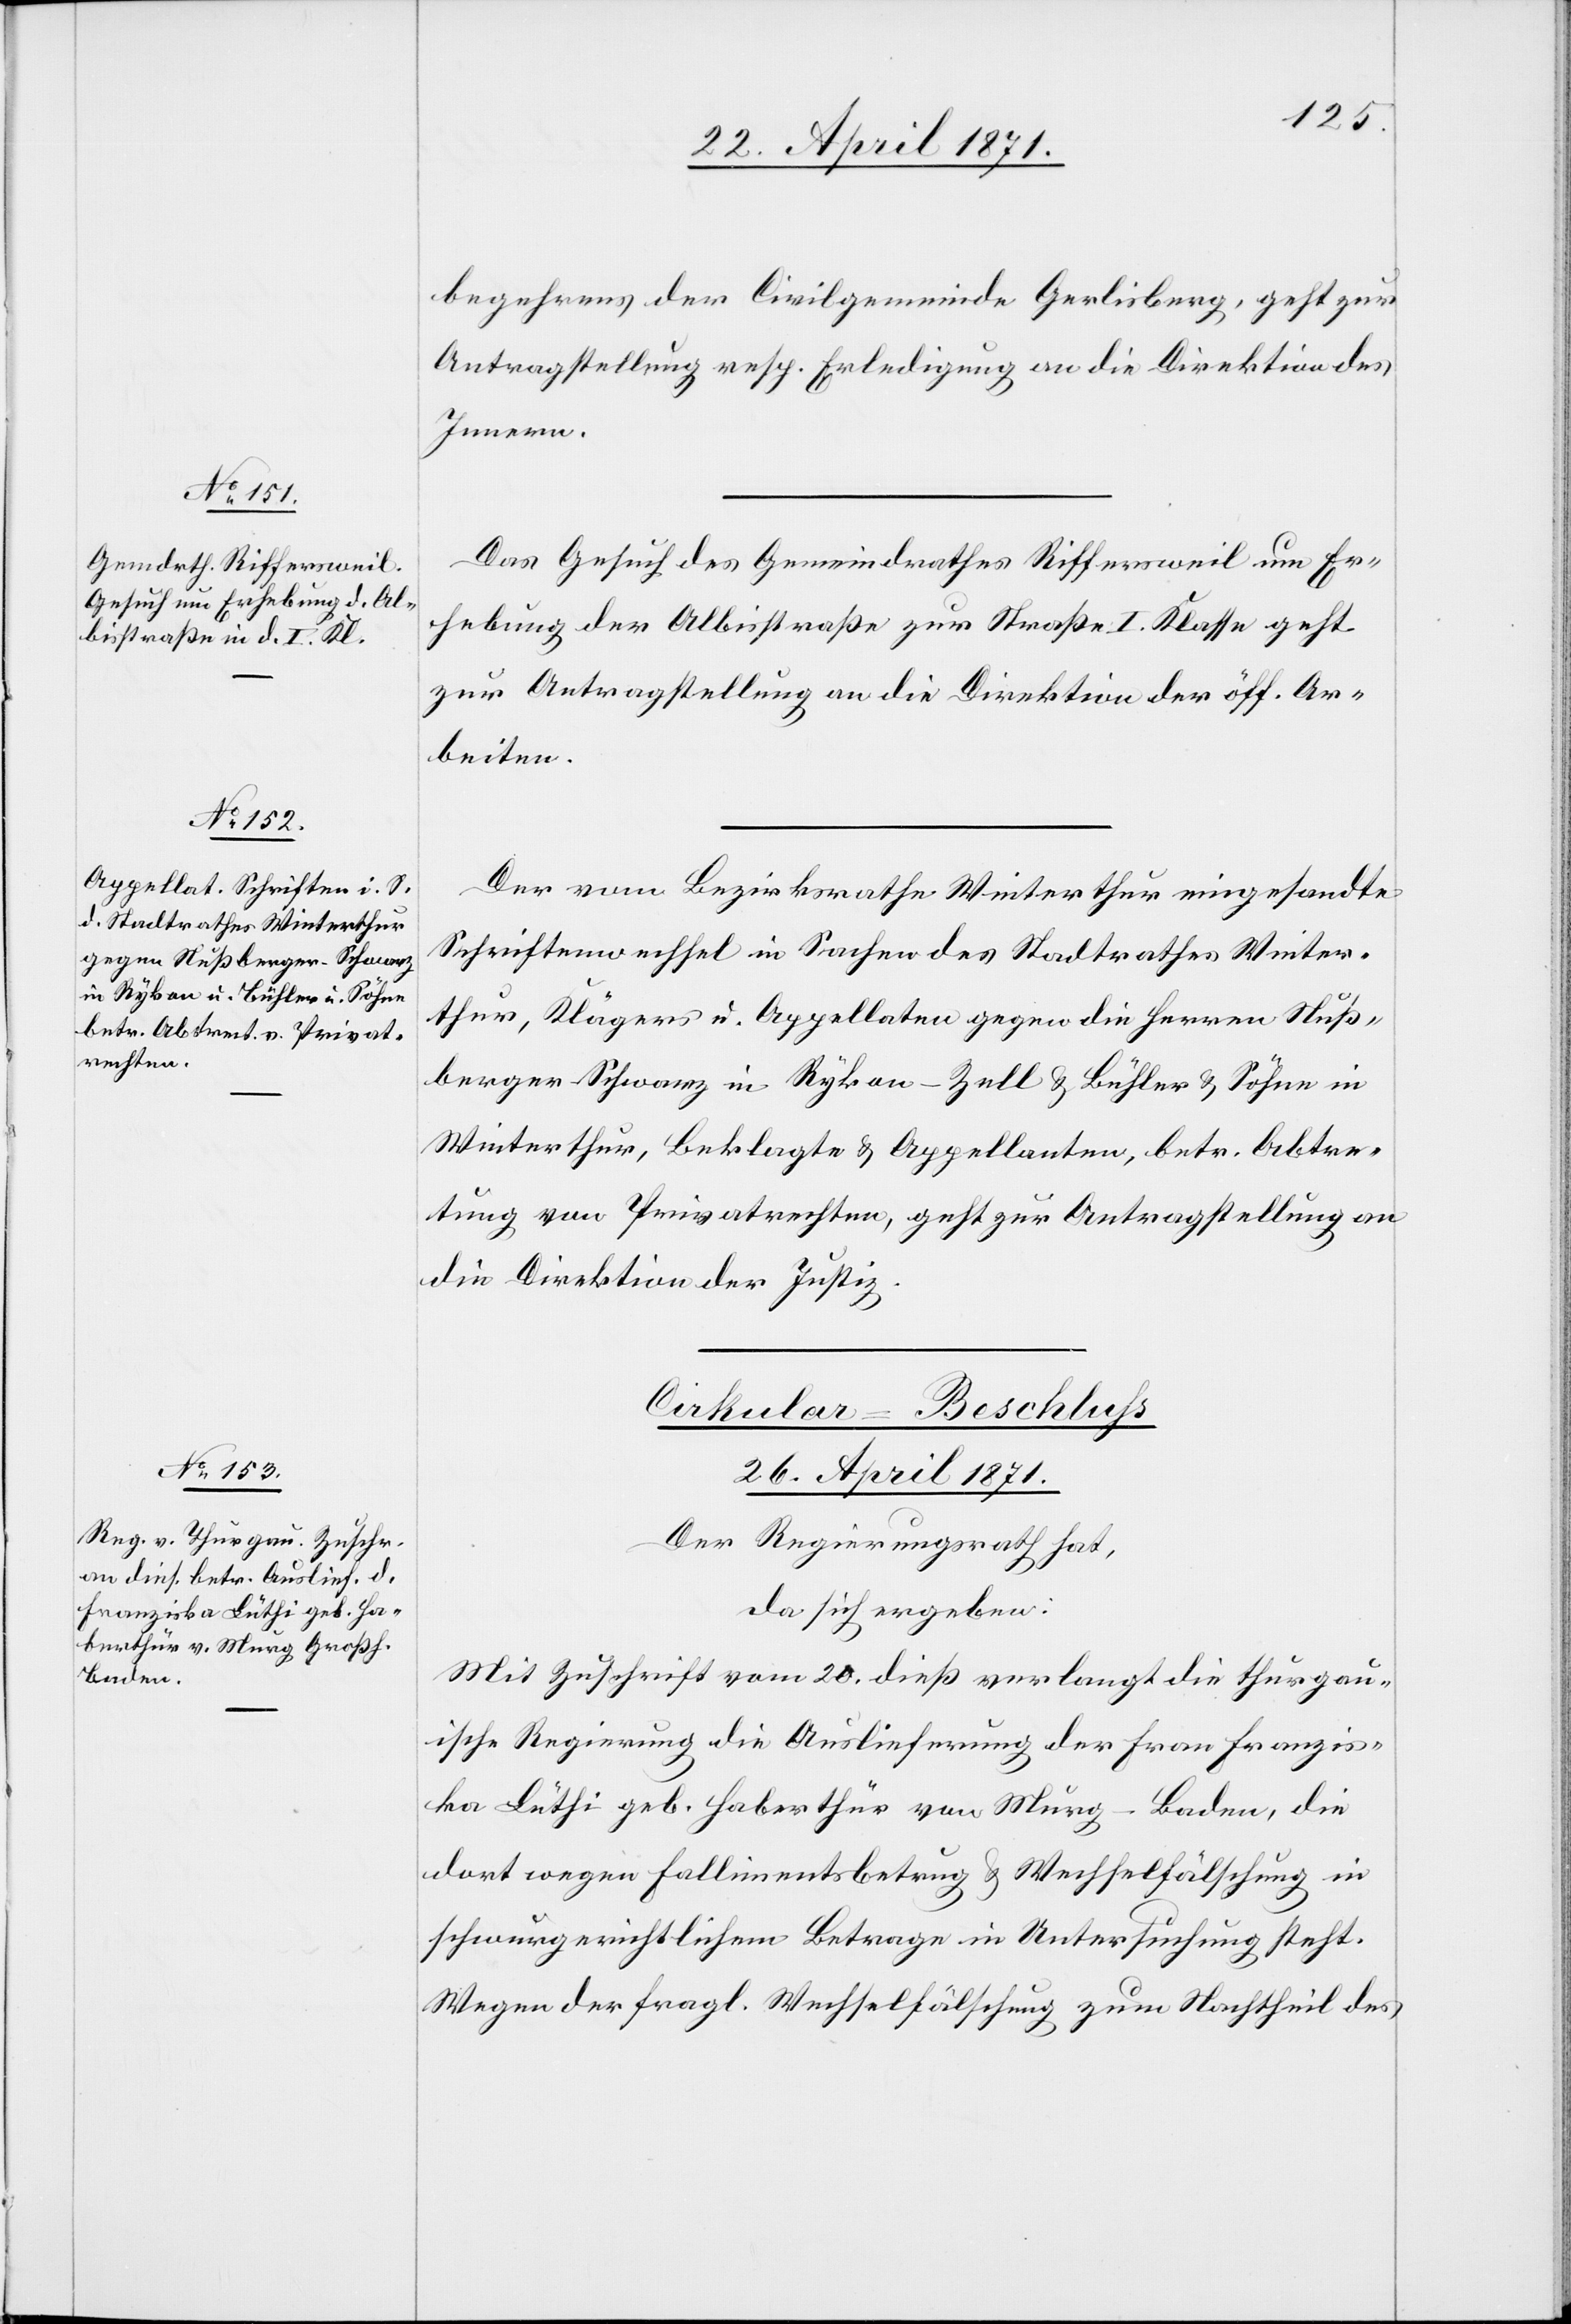
begehrens der Civilgemeinde Gerlisberg, geht zur
Antragstellung resp. Erledigung an die Direktion des
Innern.
Das Gesuch des Gemeindrathes Riffersweil um Er¬
hebung der Albisstraße zur Straße I. Klasse geht
zur Antragstellung an die Direktion der öff. Ar¬
beiten.
Der vom Bezirksrath Winterthur eingesandte
Schriftenwechsel in Sachen des Stadtrathes Winter¬
thur, Klägers u. Appellaten gegen die Herren Nuß¬
berger-Schwarz in Rykon-Zell u. Bühler u. Söhne in
Winterthur, Beklagte u. Appellanten, betr. Abtre¬
tung von Privatrechten, geht zur Antragstellung an
die Direktion der Justiz.
Cirkular-Beschluß
26. April 1871.
Der Regierungsrath hat,
da sich ergeben:
Mit Zuschrift vom 20. dieß verlangt die thurgau¬
ische Regierung die Auslieferung der Frau Franzis¬
ka Lüthi geb. Haberthur von Murg-Baden, die
dort wegen Fallimentsbetrug u. Wechselfälschung in
schwurgerichtlichem Betrage in Untersuchung steht.
Wegen der fragl. Wechselfälschung zum Nachtheil des